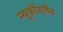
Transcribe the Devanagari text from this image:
न्यूफ़ौंडलैंड